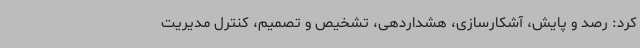
کرد: رصد و پایش، آشکارسازی، هشداردهی، تشخیص و تصمیم، کنترل مدیریت